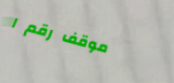
موقف رقم ١